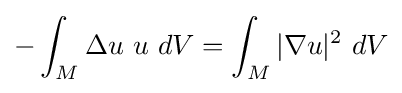
-\int _{M}\Delta u\ u\ dV=\int _{M}|\nabla u|^{2}\ dV